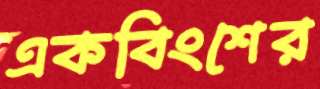
একবিংশের